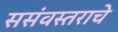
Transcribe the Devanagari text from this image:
ससंवस्तराचे